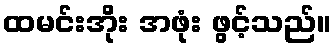
ထမင်းအိုး အဖုံး ဖွင့်သည်။